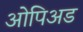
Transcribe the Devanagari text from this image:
ओपिअड